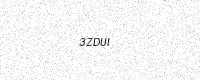
Text: 3ZDUI